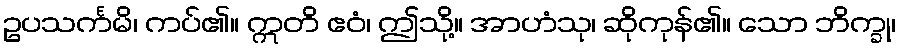
ဥပသင်္ကမိ၊ ကပ်၏။ ဣတိ ဧဝံ၊ ဤသို့။ အာဟံသု၊ ဆိုကုန်၏။ သော ဘိက္ခု၊